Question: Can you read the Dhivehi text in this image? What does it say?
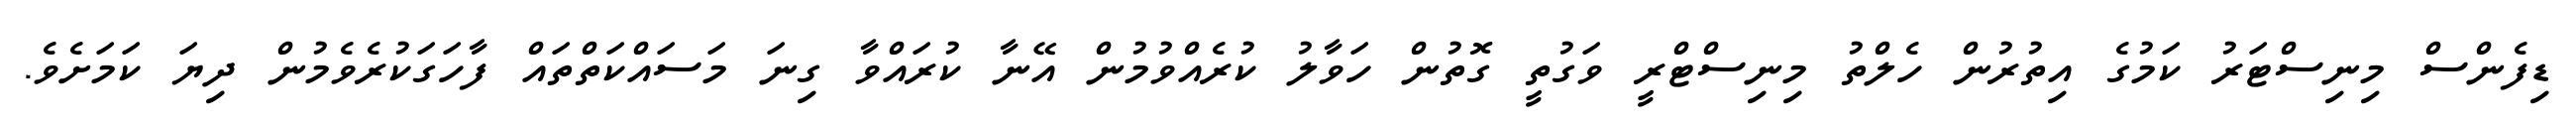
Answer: ޑިފެންސް މިނިސްޓަރު ކަމުގެ އިތުރުން ހެލްތު މިނިސްޓްރީ ވަގުތީ ގޮތުން ހަވާލު ކުރެއްވުމުން އޭނާ ކުރައްވާ ގިނަ މަސައްކަތްތައް ފާހަގަކުރެވެމުން ދިޔަ ކަމަށެވެ.